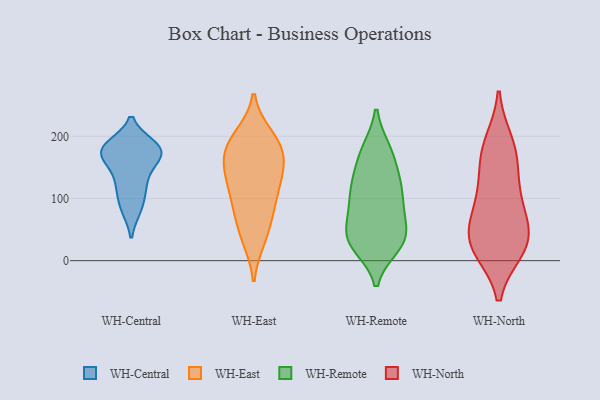
{"axis": {"x": "Satisfaction Score", "y": "Value"}, "legend": ["WH-Central", "WH-East", "WH-North", "WH-Remote"], "data": [{"x": "", "y": 171, "type": "WH-Central"}, {"x": "", "y": 180, "type": "WH-Central"}, {"x": "", "y": 85, "type": "WH-Central"}, {"x": "", "y": 172, "type": "WH-Central"}, {"x": "", "y": 176, "type": "WH-Central"}, {"x": "", "y": 135, "type": "WH-Central"}, {"x": "", "y": 178, "type": "WH-Central"}, {"x": "", "y": 119, "type": "WH-Central"}, {"x": "", "y": 117, "type": "WH-Central"}, {"x": "", "y": 84, "type": "WH-Central"}, {"x": "", "y": 184, "type": "WH-Central"}, {"x": "", "y": 183, "type": "WH-Central"}, {"x": "", "y": 158, "type": "WH-Central"}, {"x": "", "y": 107, "type": "WH-East"}, {"x": "", "y": 154, "type": "WH-East"}, {"x": "", "y": 148, "type": "WH-East"}, {"x": "", "y": 103, "type": "WH-East"}, {"x": "", "y": 81, "type": "WH-East"}, {"x": "", "y": 174, "type": "WH-East"}, {"x": "", "y": 200, "type": "WH-East"}, {"x": "", "y": 73, "type": "WH-East"}, {"x": "", "y": 184, "type": "WH-East"}, {"x": "", "y": 35, "type": "WH-East"}, {"x": "", "y": 181, "type": "WH-East"}, {"x": "", "y": 133, "type": "WH-East"}, {"x": "", "y": 197, "type": "WH-East"}, {"x": "", "y": 139, "type": "WH-East"}, {"x": "", "y": 39, "type": "WH-East"}, {"x": "", "y": 36, "type": "WH-Remote"}, {"x": "", "y": 92, "type": "WH-Remote"}, {"x": "", "y": 105, "type": "WH-Remote"}, {"x": "", "y": 178, "type": "WH-Remote"}, {"x": "", "y": 84, "type": "WH-Remote"}, {"x": "", "y": 127, "type": "WH-Remote"}, {"x": "", "y": 123, "type": "WH-Remote"}, {"x": "", "y": 75, "type": "WH-Remote"}, {"x": "", "y": 141, "type": "WH-Remote"}, {"x": "", "y": 23, "type": "WH-Remote"}, {"x": "", "y": 51, "type": "WH-Remote"}, {"x": "", "y": 43, "type": "WH-Remote"}, {"x": "", "y": 100, "type": "WH-Remote"}, {"x": "", "y": 141, "type": "WH-Remote"}, {"x": "", "y": 24, "type": "WH-Remote"}, {"x": "", "y": 179, "type": "WH-Remote"}, {"x": "", "y": 27, "type": "WH-Remote"}, {"x": "", "y": 27, "type": "WH-Remote"}, {"x": "", "y": 179, "type": "WH-Remote"}, {"x": "", "y": 48, "type": "WH-Remote"}, {"x": "", "y": 172, "type": "WH-North"}, {"x": "", "y": 103, "type": "WH-North"}, {"x": "", "y": 164, "type": "WH-North"}, {"x": "", "y": 188, "type": "WH-North"}, {"x": "", "y": 44, "type": "WH-North"}, {"x": "", "y": 25, "type": "WH-North"}, {"x": "", "y": 109, "type": "WH-North"}, {"x": "", "y": 27, "type": "WH-North"}, {"x": "", "y": 20, "type": "WH-North"}, {"x": "", "y": 33, "type": "WH-North"}, {"x": "", "y": 74, "type": "WH-North"}]}